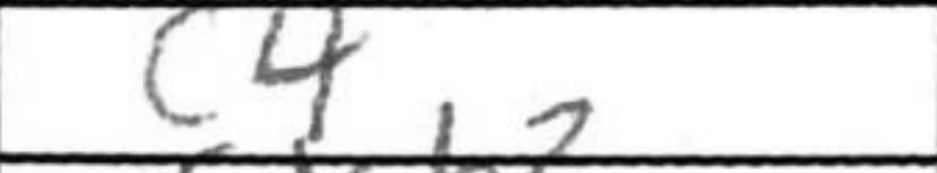
Transcription: c4